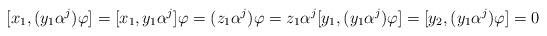
LaTeX: \begin{align*} [x_1, (y_1 \alpha^j)\varphi] = [x_1, y_1 \alpha^j]\varphi = (z_1 \alpha^j) \varphi = z_1 \alpha^j [y_1,(y_1 \alpha^j)\varphi] = [y_2, (y_1 \alpha^j) \varphi] = 0 \end{align*}